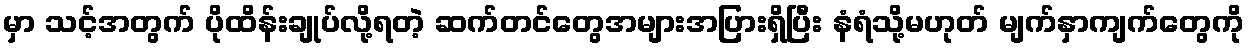
မှာ သင့်အတွက် ပိုထိန်းချုပ်လို့ရတဲ့ ဆက်တင်တွေအများအပြားရှိပြီး နံရံသို့မဟုတ် မျက်နှာကျက်တွေကို